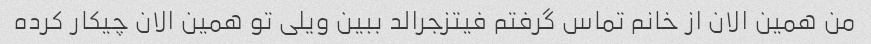
من همین الان از خانم تماس گرفتم فیتزجرالد ببین ویلی تو همین الان چیکار کرده